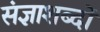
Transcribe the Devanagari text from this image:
संज्ञाशब्दों